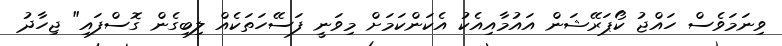
ވިނަމަވެސް ހައްޖު ކޯޕަރޭޝަން އައުމާއިއެކު އެކަންކަމަށް މިވަނީ ފަސޭހަތަކެއް ލިބިގެން ގޮސްފައި" ޖިހާދު